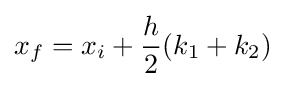
x_{f}=x_{i}+{\frac {h}{2}}(k_{1}+k_{2})